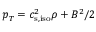
p _ { T } = c _ { \mathrm { s , i s o } } ^ { 2 } \rho + B ^ { 2 } / 2